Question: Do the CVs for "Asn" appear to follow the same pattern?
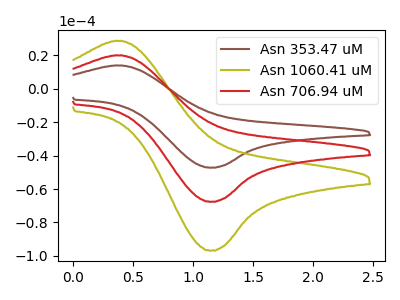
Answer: <think>The brown curve "Asn 353.47 uM" has an anodic peak at (0.40V, 13.95uA) and a cathodic peak at (1.15V, -47.15uA). The olive curve "Asn 1060.41 uM" has an anodic peak at (0.40V, 40.00uA) and a cathodic peak at (1.15V, -135.15uA). The red curve "Asn 706.94 uM" has an anodic peak at (0.40V, 20.00uA) and a cathodic peak at (1.15V, -67.60uA).
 All the peaks in "Asn 353.47 uM" have a peak in "Asn 1060.41 uM" at the same potential. Every peak in "Asn 353.47 uM" is lower than every peak in "Asn 1060.41 uM". All the peaks in "Asn 353.47 uM" have a peak in "Asn 706.94 uM" at the same potential. Every peak in "Asn 353.47 uM" is lower than every peak in "Asn 706.94 uM". All the peaks in "Asn 1060.41 uM" have a peak in "Asn 706.94 uM" at the same potential. Every peak in "Asn 1060.41 uM" is higher than every peak in "Asn 706.94 uM".</think>
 <answer>All the CV's of "Asn" have similar shape.</answer>
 <eval>follow_rule</eval>